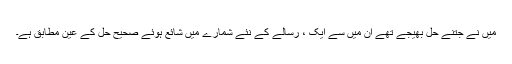
میں نے جتنے حل بھیجے تھے ان میں سے ایک ، رسالے کے نئے شمارے میں شائع ہوئے صحیح حل کے عین مطابق ہے۔